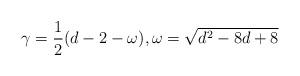
LaTeX: \begin{align*} \gamma=\frac{1}{2}(d-2-\omega),\omega=\sqrt{d^{2}-8d+8}\end{align*}